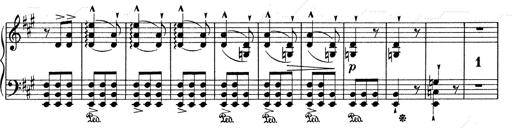
Title: Mephisto Waltz No.1
Composer: Franz Liszt